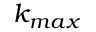
k _ { m a x }